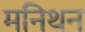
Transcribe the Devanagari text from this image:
मनिथन